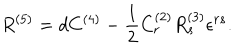
R ^ { ( 5 ) } = d C ^ { ( 4 ) } - \frac { 1 } { 2 } C _ { r } ^ { ( 2 ) } R _ { s } ^ { ( 3 ) } \epsilon ^ { r s } .